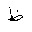
Letter: _za